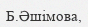
Б.Әшімова,